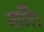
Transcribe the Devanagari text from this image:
नारि।